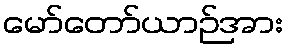
မော်တော်ယာဉ်အား